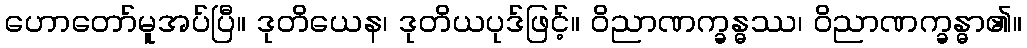
ဟောတော်မူအပ်ပြီ။ ဒုတိယေန၊ ဒုတိယပုဒ်ဖြင့်။ ဝိညာဏက္ခန္ဓဿ၊ ဝိညာဏက္ခန္ဓာ၏။